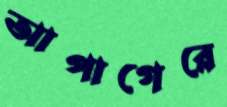
আপাগেরে